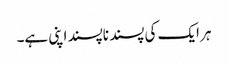
ہر ایک کی پسند ناپسند اپنی ہے۔